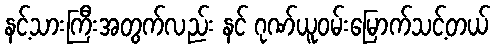
နင့်သားကြီးအတွက်လည်း နင် ဂုဏ်ယူဝမ်းမြောက်သင့်တယ်